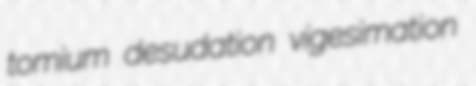
tomium desudation vigesimation